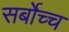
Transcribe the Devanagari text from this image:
सर्बोच्च